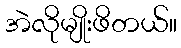
အဲလိုမျိုးဖိတယ်။